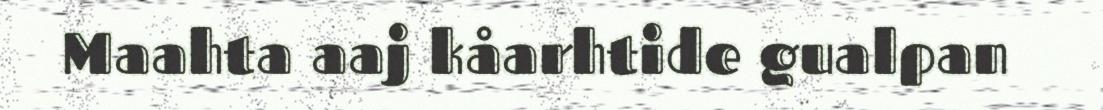
Maahta aaj kåarhtide gualpan